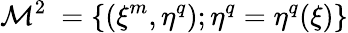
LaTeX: {\cal M}^{2}~=\{ (\xi^{m},\eta^{q});\eta^{q}=\eta^{q}(\xi)\}